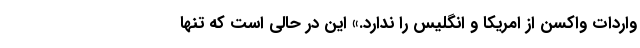
واردات واکسن از امریکا و انگلیس را ندارد.» این در حالی است که تنها